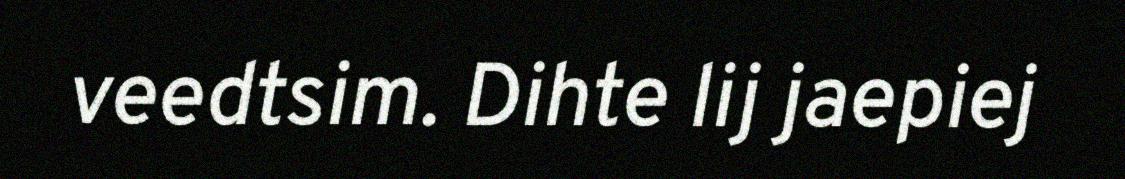
veedtsim. Dihte lij jaepiej